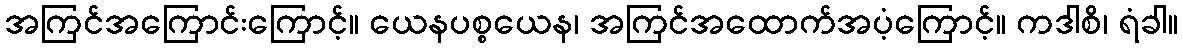
အကြင်အကြောင်းကြောင့်။ ယေနပစ္စယေန၊ အကြင်အထောက်အပံ့ကြောင့်။ ကဒါစိ၊ ရံခါ။